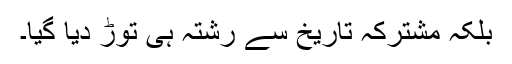
بلکہ مشترکہ تاریخ سے رشتہ ہی توڑ دیا گیا۔